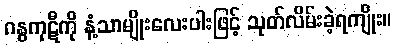
ဂန္ဓကုဋီကို နံ့သာမျိုးလေးပါးဖြင့် သုတ်လိမ်းခဲ့ရကျိုး။